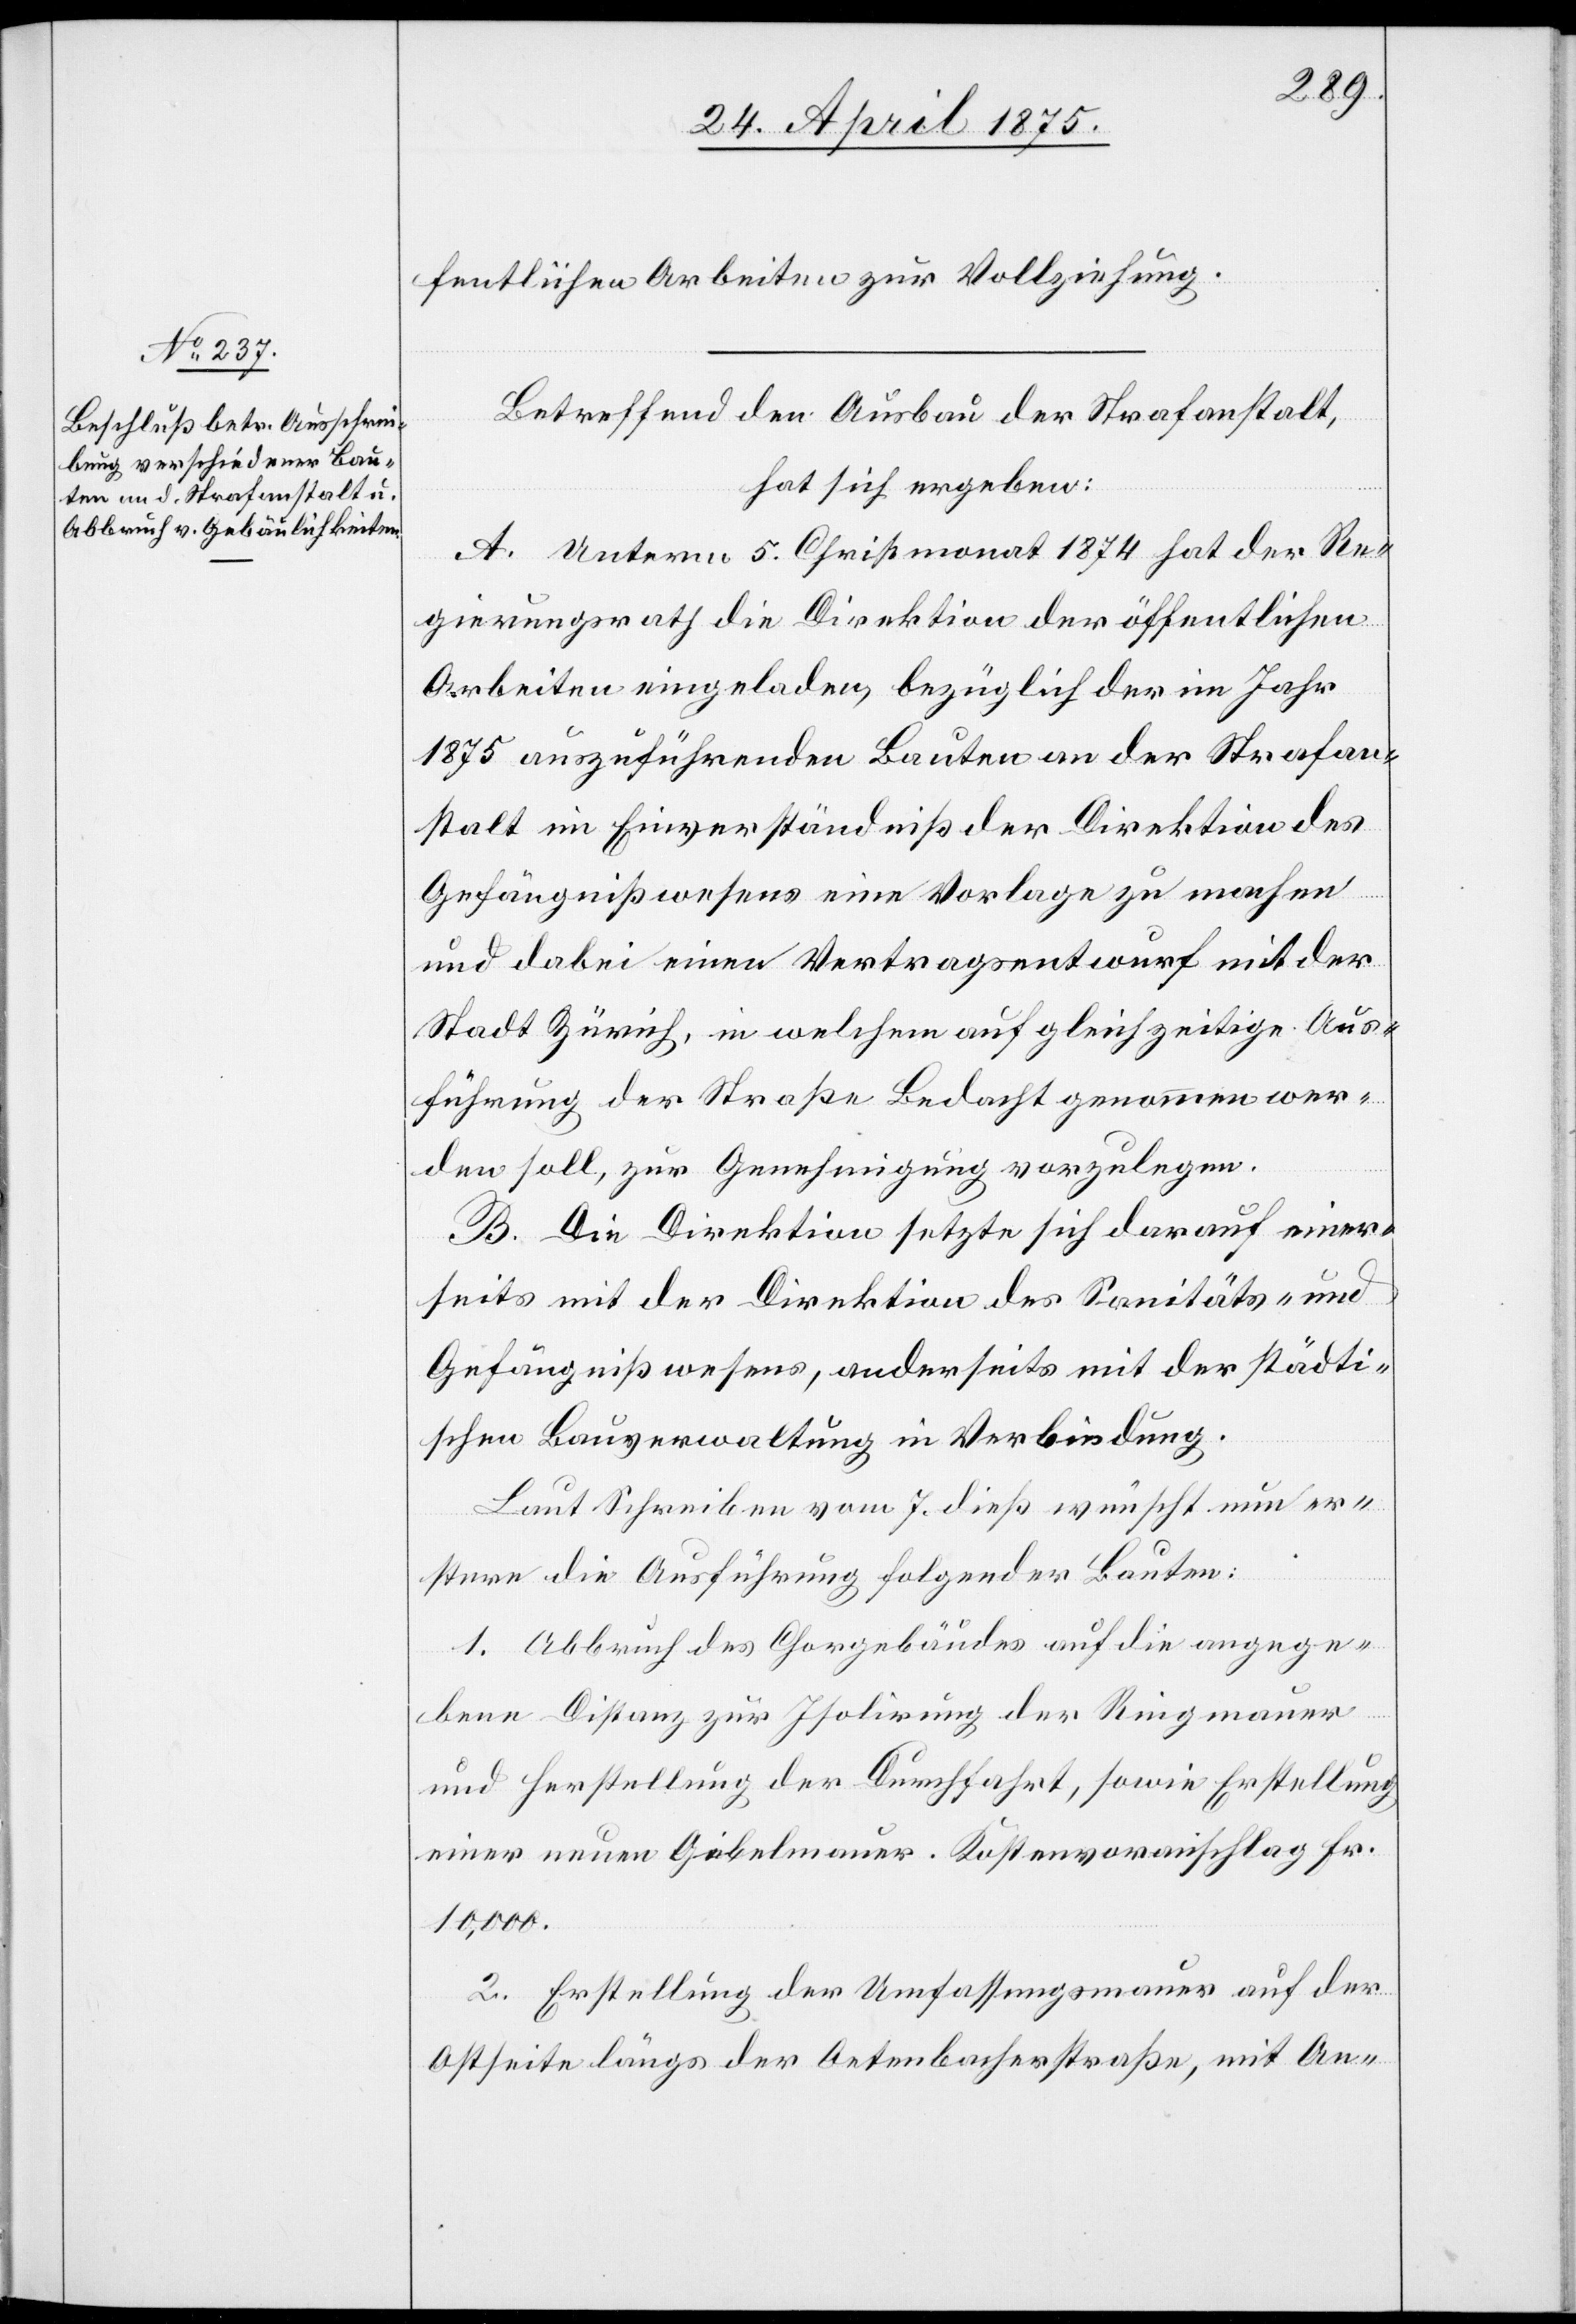
fentlichen Arbeiten zur Vollziehung.
Betreffend den Ausbau der Strafanstalt,
hat sich ergeben:
A. Unterm 5. Christmonat 1874 hat der Re¬
gierungsrath die Direktion der öffentlichen
Arbeiten eingeladen, bezüglich der im Jahr
1875 auszuführenden Bauten an der Strafan¬
stalt im Einverständniß der Direktion des
Gefängnißwesens eine Vorlage zu machen
und dabei einen Vertragsentwurf mit der
Stadt Zürich, in welchem auf gleichzeitige Aus¬
führung der Straße Bedacht genommen wer¬
den soll, zur Genehmigung vorzulegen.
B. Die Direktion setzte sich darauf einer¬
seits mit der Direktion des Sanitäts- und
Gefängnißwesens, anderseits mit der städti¬
schen Bauverwaltung in Verbindung.
Laut Schreiben vom 7. dieß wünscht nun er¬
stere die Ausführung folgender Bauten:
1. Abbruch des Chorgebäudes auf die angege¬
bene Distanz zur Isolirung der Ringmauer
und Herstellung der Durchfahrt, sowie Erstellung
einer neuen Giebelmauer. Kostenvoranschlag Fr.
10,000.
2. Erstellung der Umfassungsmauer auf der
Ostseite längs der Oetenbachstraße, mit An-